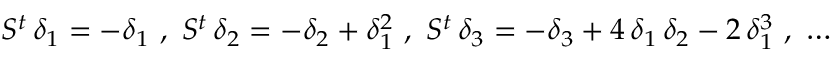
S ^ { t } \, \delta _ { 1 } = - \delta _ { 1 } \ , \ S ^ { t } \, \delta _ { 2 } = - \delta _ { 2 } + \delta _ { 1 } ^ { 2 } \ , \ S ^ { t } \, \delta _ { 3 } = - \delta _ { 3 } + 4 \, \delta _ { 1 } \, \delta _ { 2 } - 2 \, \delta _ { 1 } ^ { 3 } \ , \ \ldots